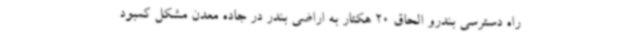
راه دسترسی بندرو الحاق 20 هکتار به اراضی بندر در جاده معدن مشکل کمبود